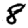
Digit: 8